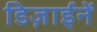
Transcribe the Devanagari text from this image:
डिज़ाईनें